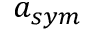
a _ { s y m }